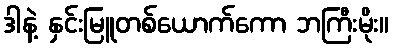
ဒါနဲ့ နှင်းမြူတစ်ယောက်ကော ဘကြီးမိုး။